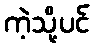
ကဲ့သို့ပင်